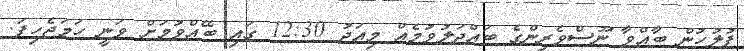
ފުލުހުން ބާއްވާ ނޫސްވެެރިންގެ ބައްދަލުވުމެއް މިއަދު 12:30 ގައި ބޭއްވުމަށް ވަނީ ހަމަޖެހިފަ.